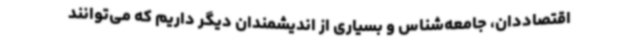
اقتصاددان، جامعه‌شناس و بسیاری از اندیشمندان دیگر داریم که می‌توانند